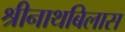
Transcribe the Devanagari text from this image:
श्रीनाथबिलास